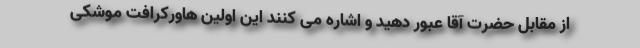
از مقابل حضرت آقا عبور دهید و اشاره می کنند این اولین هاورکرافت موشکی